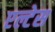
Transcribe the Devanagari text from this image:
एल्टेस